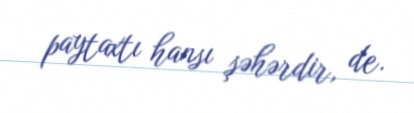
paytaxtı hansı şəhərdir, de.